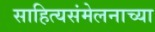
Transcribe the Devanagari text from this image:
साहित्यसंमेलनाच्या